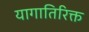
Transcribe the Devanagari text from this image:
यागातिरिक्त